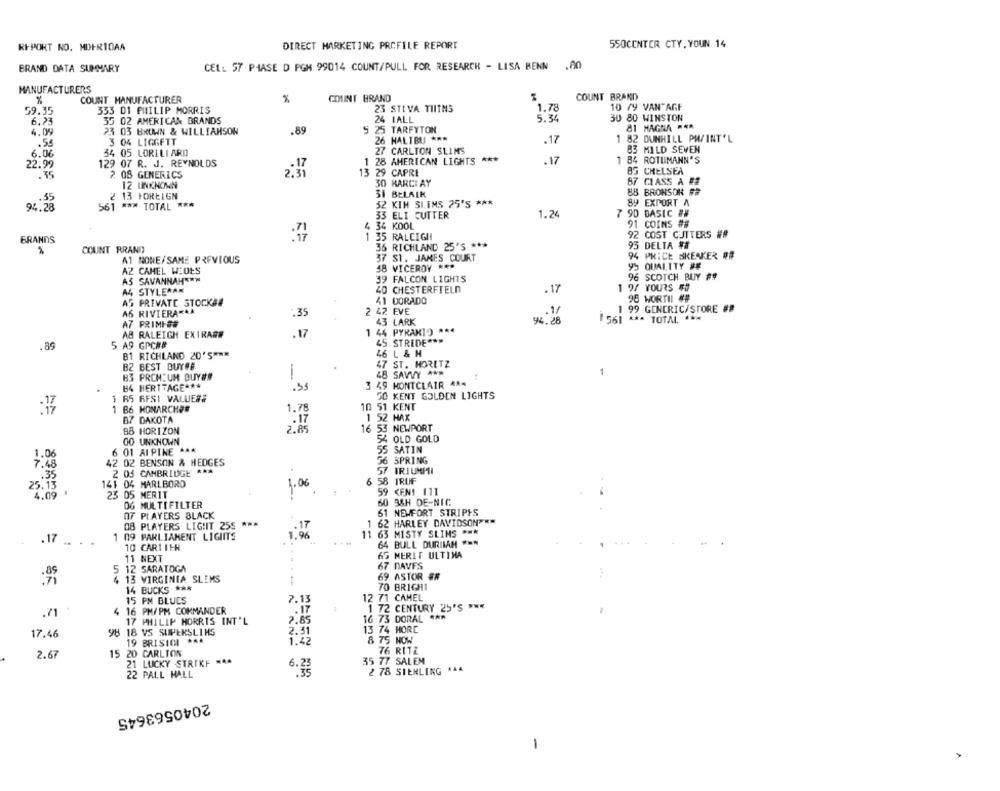
REPORT NO. MDFRIDAA
DIRECT MARKETING PROFILE REPORT
SSOCENTER CTY, YOUN 14
BRAND DATA SUMMARY
CEL: 57 PHASE D PGM 99014 COUNT/PULL FOR RESEARCH - LISA BENN .80
MANUFACTURERS
COUNT BRAND
%
COUNT MANUFACTURER
%
COUNT BRAND
59.35
333 01 PHILIP MORRIS
23 STIVA THITNS
1.78
10 19 VAN"AGF
6.23
35 02 AMERICAN BRANDS
24 IALL
5.34
30 80 WINSTON
81 MAGNA # **
4.09
23 03 BROWN & WILLIAMSON
.89
5 25 TARFYTON
.55
3 04 LIGGETT
26 HALIBU ***
.17
1 82 DUNHILL PWINT 'L
27 CARLTON SLIMS
83 MILD SEVEN
6.06
34 05 LORILIARD
1 28 AMERICAN LIGHTS ***
22.99
129 07 R. J. REYNOLDS
.17
1 84 ROTUMANN'S
.75
2 08 GENERICS
2:31
13 29 CAPRI
83 CHELSEA
30 BARCI AY
87 CLASS A #2
12 LINKNOWN
2 13 FOREIGN
31 BELAIK
88 BRONSON #
561 *** TOTAL ***
32 KIM SLIMS 25'S ***
89 EXPORT A
1.24
7 90 BASIC ##
33 ELI CUTTER
4 34 KOOL
91 COINS ##
1 35 RALEIGH
92 COST CUTTERS ##
BRANDS
93 DELTA ##
COUNT RRAND
36 RICHLAND 25'S ***
A1 NOWE/SAME PREVIOUS
37 S1. JAMES COURT
94 PRICE BREAKER ##
AZ CAMEL WIDES
#8 VICEROY ***
95 QUALITY #E
96 SCOTCH BUY #F
A3 SAVANNAHEEN
39 FALCON LIGHTS
A4 STYLERAR
40 CHESTERFIELD
.17
1 97 YOURS ##
AS PRIVATE STOCK&#
41 DORADO
96 WORTH ##
1 99 GENERIC/STORE ##
AS RIVIERA AA
.35
2 42 EVE
.1/
A7 PRIMIDE
43 LARK
94.28
1561 *** TOTAL ***
1 44 PYRAMID ***
AB RALEIGH EXIRARE
.17
45 STREDE ***
.89
5 A9 GPC##
B1 RICHLAND 20'S ***
46 L & H
47 ST. MORITZ
B2 BEST BUY##
1
48 SAVVY ANR
B3 PREMIUM BUY##
B4 HERITAGE ***
.55
3 49 MONTCLAIR RAN
50 KENT GOLDEN LIGHTS
1 RS RFSI VALUE##
1 86 HONARCHES
1.78
10 51 KENT
B7 DAKOTA
.17
1 52 MAX
2.85
16 53 NEWPORT
88 HORIZON
00 UNKNOWN
OLD GOLD
6 01 AIPINE AAA
55 SATIN
1.06
7:48
42 02 BENSON & HEDGES
56 SPRING
2 05 CAMBRIDGE ***
57 IRIUMMI
.35
58 TRUF
25.13
141 04 MARLBORO
1.06
4:09
23 05 MERIT
59 <EN! (11
OG MULTIFILTER
60 34H DE-NIC
07 PLAYERS BLACK
61 NEWFORT STRIPES
1 62 HARLEY DAVIDSON ***
08 PLAYERS LIGHT 255 ***
1 09 PARLIAMENT LIGHTS
11
63 MISTY SLIMS ***
.17 ....
10 CARTIER
64 BULL DURIIAM ***
65 MERIT ULTIMA
11 NEXT
5 12 SARATOGA
67 NAVES
69 ASTOR ##
4 13 VIRGINIA SLIMS
14 BUCKS ***
70 BRIGH1
15 PM BLUES
7.13
12 71 CAMEL
4 16 PM/PM COMMANDER
1 72 CENTURY 25'S ***
.71
16 73 DORAL ***
17 PHILIP MORRIS INT'L
7.65
17.46
98 18 VS SUPERSLIMS
2.31
13 74 HORE
19 BRISICI ** 4
1.42
8 75 NOW
2.67
15 20 CARLTON
76 RITE
21 LUCKY STRIKE =4.
35 77 SALEM
6.22
2 78 SIENLING
22 PALL MALL
2040563645
-